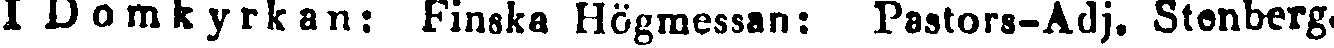
I Domkyrkan: Finska Högmessan: Pastors-Adj. Stenberg.